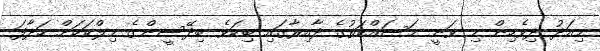
މިއަދު ދިވެހިން މި ވަނީ މަސައްކަތުގެ ދާއިރާގައި ބިކަވެ ބިދޭސީންގެ މިލްކަކަށް ހަދާފަ